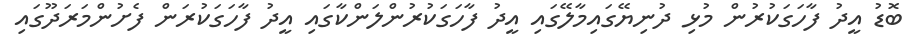
ބޮޑު އީދު ފާހަގަކުރުން މުޅި ދުނިޔޭގައިމާލޭގައި އީދު ފާހަގަކުރުންލަންކާގައި އީދު ފާހަގަކުރަން ފެށުންމަރަދޫގައި